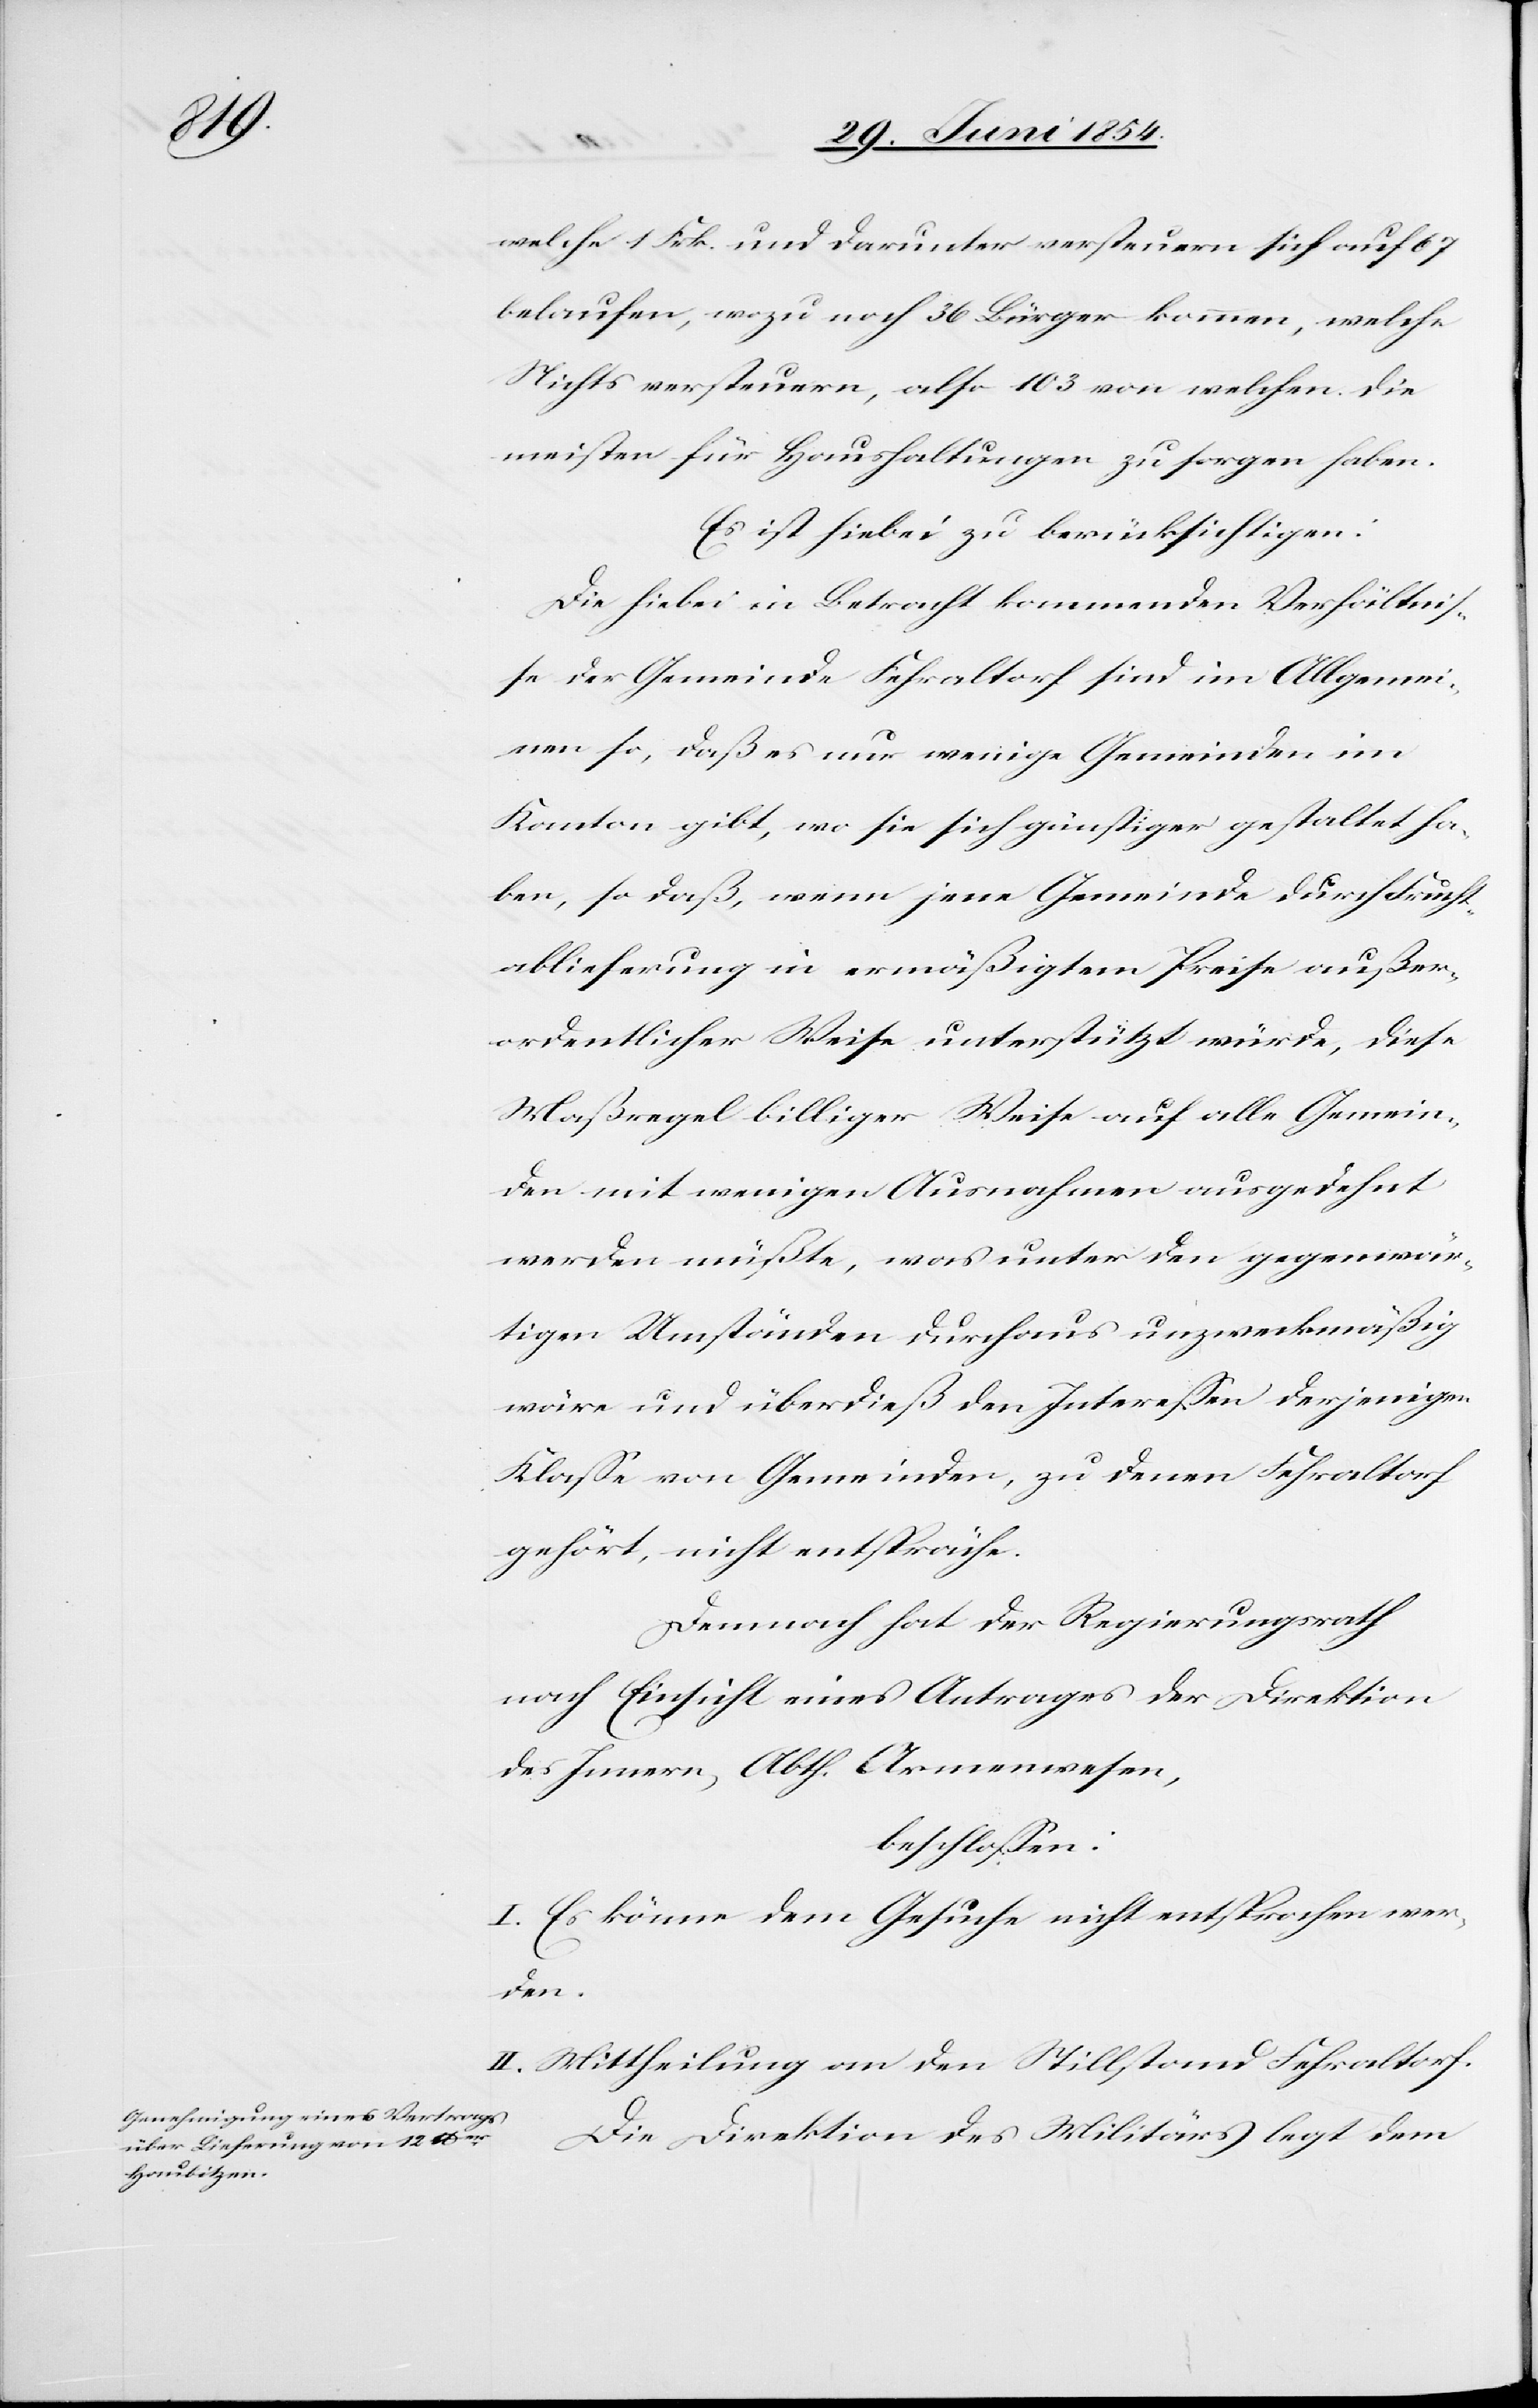
welche 1 Frk. und darunter versteuern sich auf 67
belaufen, wozu noch 36 Bürger kommen, welche
Nichts versteuern, also 103 von welchen die
meisten für Haushaltungen zu sorgen haben.
Es ist hiebei zu berücksichtigen:
Die hiebei in Betracht kommenden Verhältniß¬
e der Gemeinde Fehraltorf sind im Allgemei¬
nen so, daß es nur wenige Gemeinden im
Kanton gibt, so sie sich günstiger gestaltet ha¬
ben, so daß, wenn jene Gemeinde durch Frucht¬
ablieferung in ermäßigtem Preise außer¬
ordentlicher Weise unterstützt würde, diese
Maßregel billiger Weise auf alle Gemein¬
den mit wenigen Ausnahmen ausgedehnt
werden müßte, was unter den gegenwär¬
tigen Umständen durchaus unzweckmäßig
wäre und überdieß den Intereßen derjenigen
Klaße von Gemeinden, zu denen Fehraltorf
gehört, nicht entspräche.
Demnach hat der Regierungsrath
nach Einsicht eines Antrages der Direktion
des Innern, Abth. Armenwesen,
beschloßen:
I. Es könne dem Gesuch nicht entsprochen wer¬
den.
II. Mittheilung an den Stillstand Fehraltorf.
Die Direktion des Militärs legt dem